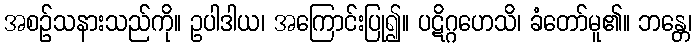
အစဉ်သနားသည်ကို။ ဥပါဒါယ၊ အကြောင်းပြု၍။ ပဋိဂ္ဂဟေသိ၊ ခံတော်မူ၏။ ဘန္တေ၊